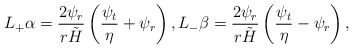
\begin{align*} L_+\alpha=\frac{2\psi_r}{r\tilde{H}}\left(\frac{\psi_t}{\eta}+\psi_r\right),L_-\beta=\frac{2\psi_r}{r\tilde{H}}\left(\frac{\psi_t}{\eta}-\psi_r\right),\end{align*}